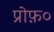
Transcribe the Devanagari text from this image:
प्रोफ़०